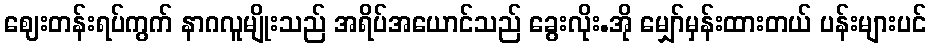
ဈေးတန်းရပ်ကွက် နာဂလူမျိုးသည် အရိပ်အယောင်သည် ခွေးလိုး.အို မျှော်မှန်းထားတယ် ပန်းများပင်